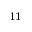
_ { 1 1 }